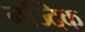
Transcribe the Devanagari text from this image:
नज्दिक